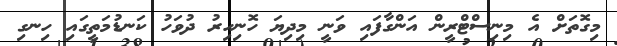
މިގޮތަށް އެ މިނިސްޓްރީން އަންގާފައި ވަނީ މިދިޔަ ހޮނިހިރު ދުވަހު ކަނޑުމަތީގައި ހިނގި